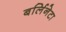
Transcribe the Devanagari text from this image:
बर्लिनेटा